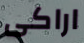
اراكى